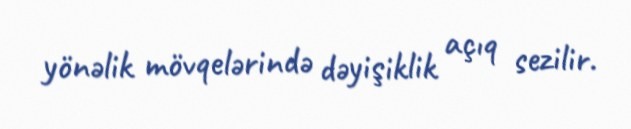
yönəlik mövqelərində dəyişiklik açıq sezilir.